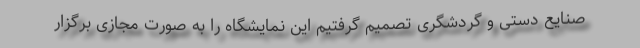
صنایع دستی و گردشگری تصمیم گرفتیم این نمایشگاه را به صورت مجازی برگزار